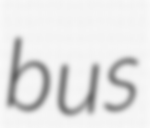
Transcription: bus